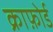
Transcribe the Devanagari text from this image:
क्राफ़ोर्ड